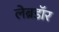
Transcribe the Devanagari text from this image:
लेब्रडॉर